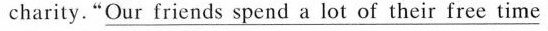
charity. \underline{"Our friends spend a lot of their free time}